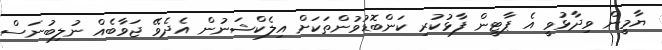
ޔާމީން ވިދާޅުވީ އެ ޕާޓީން ފާޅުކުރި ކަންބޮޑުވުންތަކަށް އިލެކްޝަނުން އެދެވޭ ޖަވާބެއް ނުލިބުނަސް